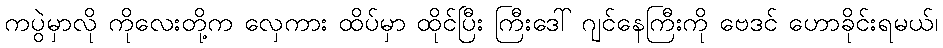
ကပွဲမှာလို ကိုလေးတို့က လှေကား ထိပ်မှာ ထိုင်ပြီး ကြီးဒေါ် ဂျင်နေကြီးကို ဗေဒင် ဟောခိုင်းရမယ်၊